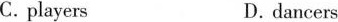
C.players D.dancers